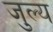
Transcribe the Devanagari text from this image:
जुल्य